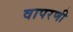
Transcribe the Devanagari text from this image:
वापरणी